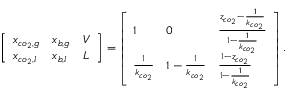
\left[ \begin{array} { l l l } { x _ { c o _ { 2 } , g } } & { x _ { b , g } } & { V } \\ { x _ { c o _ { 2 } , l } } & { x _ { b , l } } & { L } \end{array} \right] = \left[ \begin{array} { l l l } { 1 } & { 0 } & { \frac { z _ { c o _ { 2 } } - \frac { 1 } { k _ { c o _ { 2 } } } } { 1 - \frac { 1 } { k _ { c o _ { 2 } } } } } \\ { \frac { 1 } { k _ { c o _ { 2 } } } } & { 1 - \frac { 1 } { k _ { c o _ { 2 } } } } & { \frac { 1 - z _ { c o _ { 2 } } } { 1 - \frac { 1 } { k _ { c o _ { 2 } } } } } \end{array} \right] .